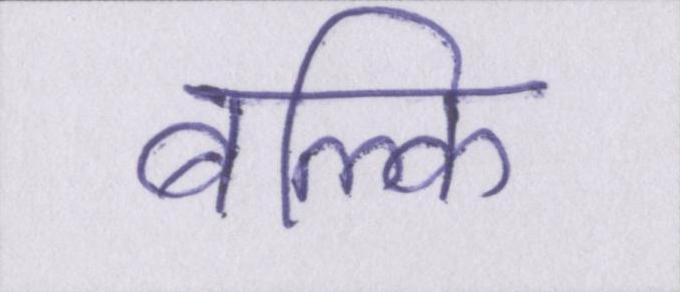
बल्कि